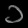
Digit: ၁